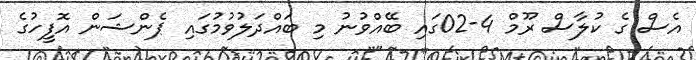
އެސް ގެ ކުލާސް ރޫމް 4-02ގައި ބޭއްވުނު މި ބައްދަލުވުމުގައި ޕެންޝަން އޮފީހުގެ